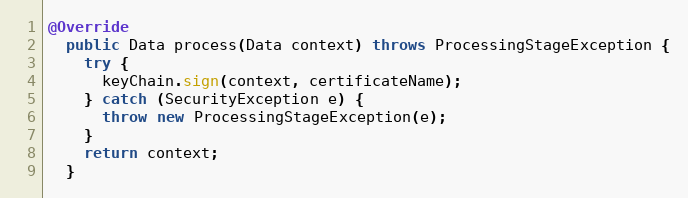
Language: Java
@Override
  public Data process(Data context) throws ProcessingStageException {
    try {
      keyChain.sign(context, certificateName);
    } catch (SecurityException e) {
      throw new ProcessingStageException(e);
    }
    return context;
  }